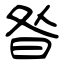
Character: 昝